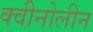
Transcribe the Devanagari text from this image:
क्वीनोलीन